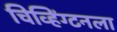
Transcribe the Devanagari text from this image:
चिव्हिंग्टनला